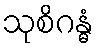
သုစိဂန္ဓံ